Structure of Hæmatopota pluvialis (Meigen) - Number 55
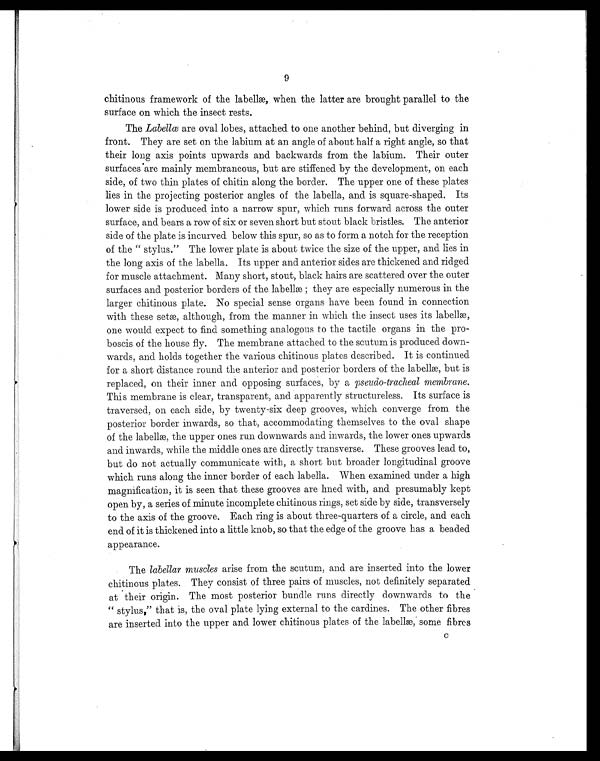
9
chitinous framework of the labellæ, when the latter are brought parallel to the
surface on which the insect rests.
The Labellœ are oval lobes, attached to one another behind, but diverging in
front. They are set on the labium at an angle of about half a right angle, so that
their long axis points upwards and backwards from the labium. Their outer
surfaces are mainly membraneous, but are stiffened by the development, on each
side, of two thin plates of chitin along the border. The upper one of these plates
lies in the projecting posterior angles of the labella, and is square-shaped. Its
lower side is produced into a narrow spur, which runs forward across the outer
surface, and bears a row of six or seven short but stout black bristles. The anterior
side of the plate is incurved below this spur, so as to form a notch for the reception
of the " stylus." The lower plate is about twice the size of the upper, and lies in
the long axis of the labella. Its upper and anterior sides are thickened and ridged
for muscle attachment. Many short, stout, black hairs are scattered over the outer
surfaces and posterior borders of the labellæ ; they are especially numerous in the
larger chitinous plate. No special sense organs have been found in connection
with these setæ, although, from the manner in which the insect uses its labellæ,
one would expect to find something analogous to the tactile organs in the pro
- boscis of the house fly. The membrane attached to the scutum is produced down
- wards, and holds together the various chitinous plates described. It is continued
for a short distance round the anterior and posterior borders of the labellæ, but is
replaced, on their inner and opposing surfaces, by a pseudo-tracheal membrane.
This membrane is clear, transparent, and apparently structureless. Its surface is
traversed, on each side, by twenty-six deep grooves, which converge from the
posterior border inwards, so that, accommodating themselves to the oval shape
of the labellæ, the upper ones run downwards and inwards, the lower ones upwards
and inwards, while the middle ones are directly transverse. These grooves lead to,
but do not actually communicate with, a short but broader longitudinal groove
which runs along the inner border of each labella. When examined under a high
magnification, it is seen that these grooves are lined with, and presumably kept
open by, a series of minute incomplete chitinous rings, set side by side, transversely
to the axis of the groove. Each ring is about three-quarters of a circle, and each
end of it is thickened into a little knob, so that the edge of the groove has a beaded
appearance.
The labellar muscles arise from the scutum, and are inserted into the lower
chitinous plates. They consist of three pairs of muscles, not definitely separated
at their origin. The most posterior bundle runs directly downwards to the
" stylus " that is, the oval plate lying external to the cardines. The other fibres
are inserted into the upper and lower chitinous plates of the labellæ, some fibres
c